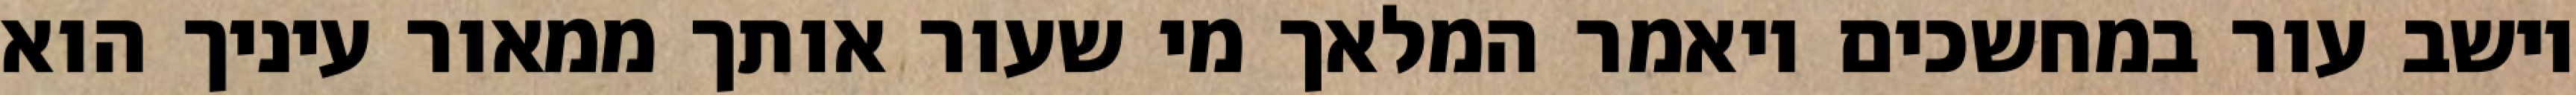
יושב עור במחשכים ויאמר המלאך מי שעור אותך ממאור עיניך הוא